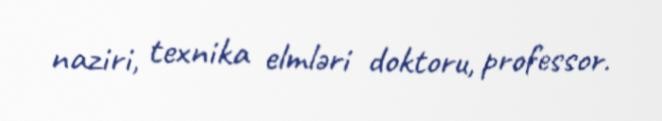
naziri, texnika elmləri doktoru, professor.